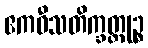
ဧကဝီသတိက္ခတ္တုဉ္စ